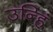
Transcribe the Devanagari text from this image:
उन्हिं